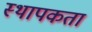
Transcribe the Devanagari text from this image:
स्थापकता